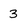
Character: 3